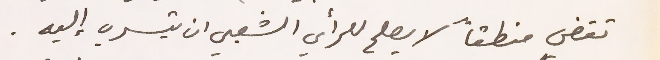
تقضي منطقاً لا يصلح للرأي الشعبي ان يتسرب إليه.